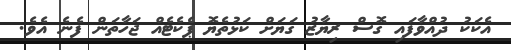
އެކަކު ދުއްވާފައި ގޮސް ރިޔާޒު ގަޔަށް ކަޅުތެޔޮ ޕެކެޓެއް ޖަހާތަން ފެނެ އެވެ.